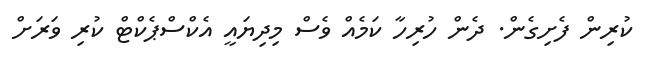
ކުރިން ފެށިގެން. ދެން ހުރިހާ ކަމެއް ވެސް މިދިޔައީ އެކްސްޕެކްޓް ކުރި ވަރަށް